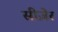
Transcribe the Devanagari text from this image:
सीज़ेर